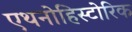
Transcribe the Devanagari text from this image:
एथनोहिस्टोरिक